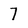
Character: 7